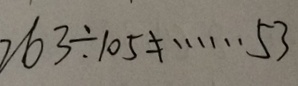
2 6 3 \div 1 0 5 \neq \cdots 5 3